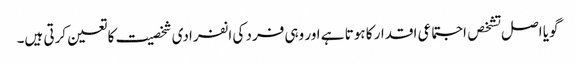
گویا اصل تشخص اجتماعی اقدار کا ہوتا ہے اور وہی فرد کی انفرادی شخصیت کا تعین کرتی ہیں۔